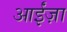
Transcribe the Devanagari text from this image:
आईंज़ा